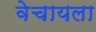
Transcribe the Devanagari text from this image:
वेचायला